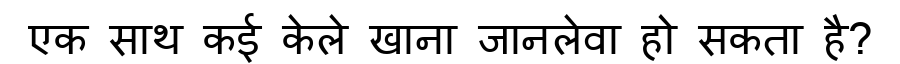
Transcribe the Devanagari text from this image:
एक साथ कई केले खाना जानलेवा हो सकता है?